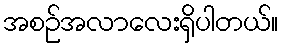
အစဉ်အလာလေးရှိပါတယ်။